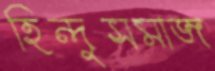
হিন্দুসমাজ